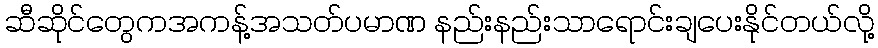
ဆီဆိုင်တွေကအကန့်အသတ်ပမာဏ နည်းနည်းသာရောင်းချပေးနိုင်တယ်လို့